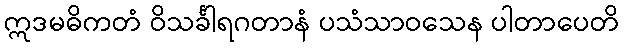
ဣဒမဓိကတံ ဝိသင်္ခါရဂတာနံ ပသံသာဝသေန ပါတာပေတိ